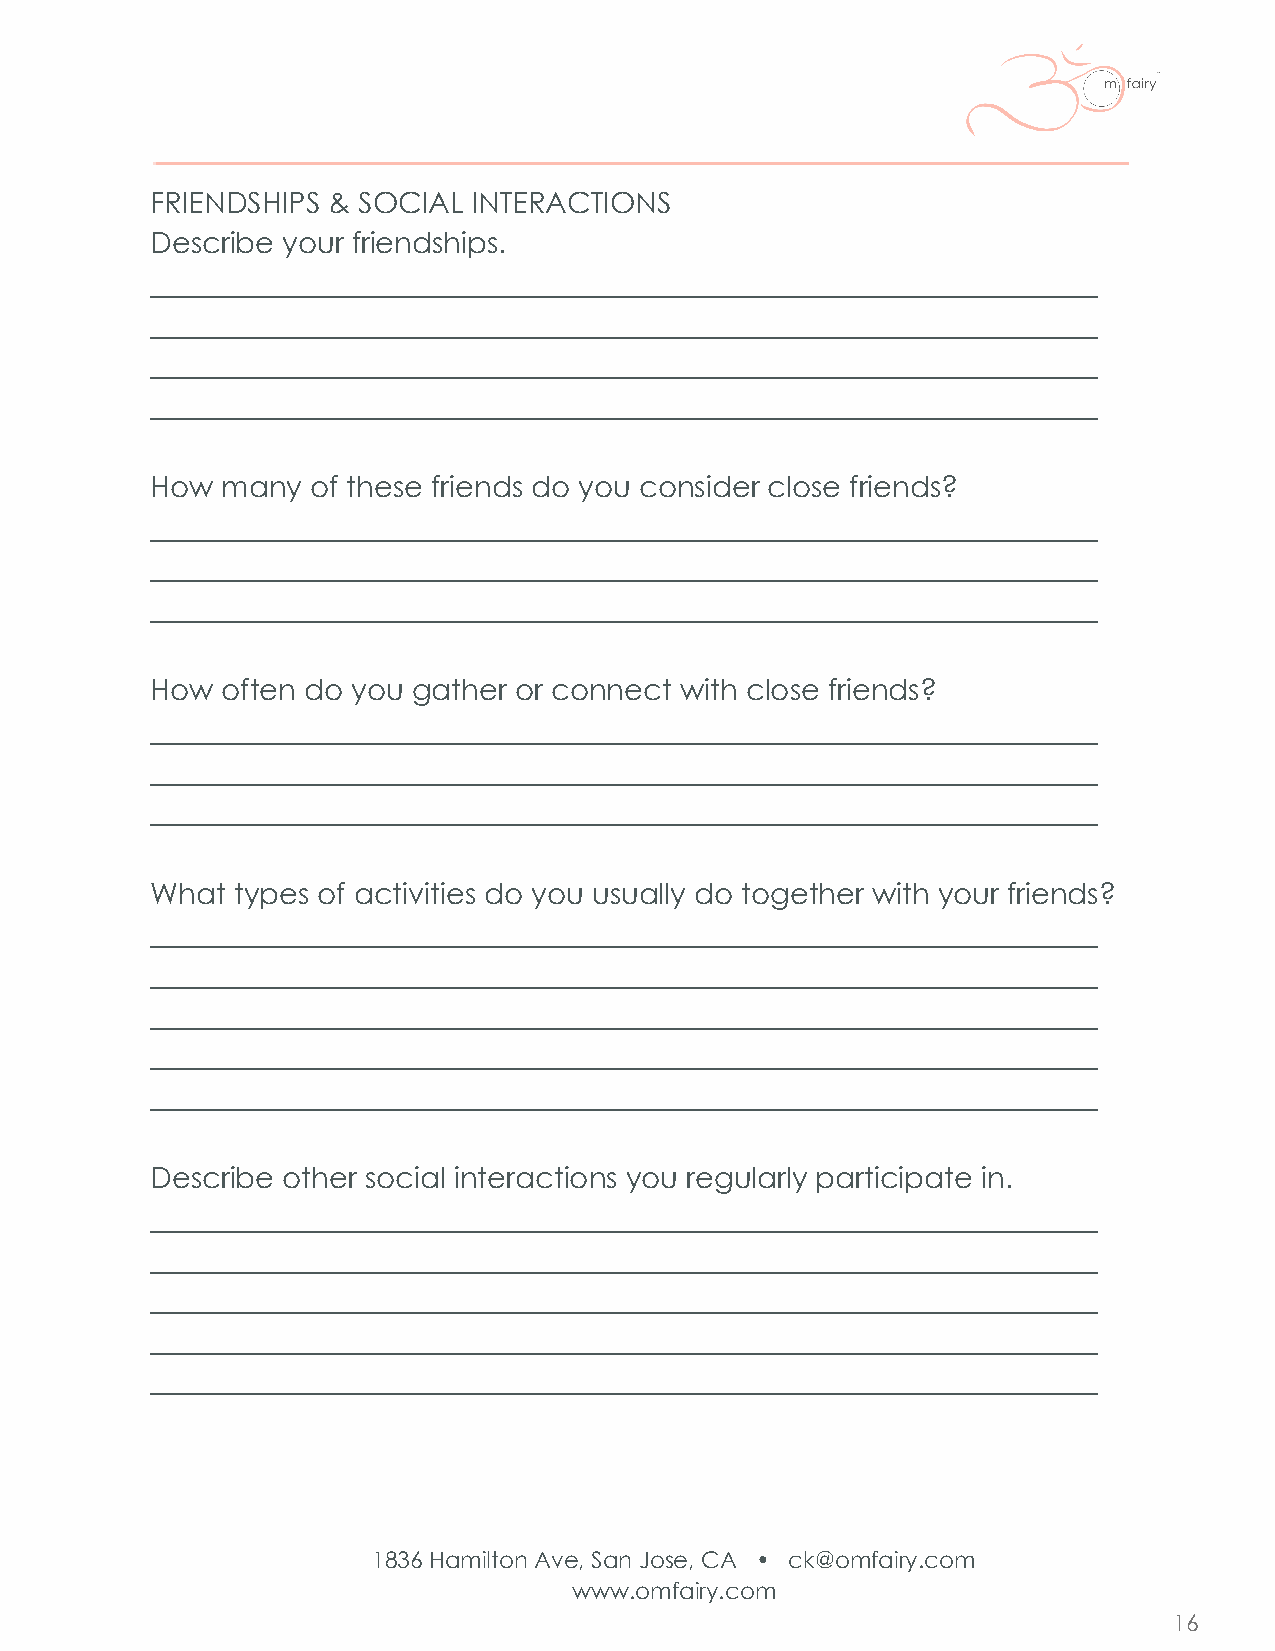
FRIENDSHIPS & SOCIAL INTERACTIONS
 Describe your friendships.
 _________________________________________________________________
 _________________________________________________________________
 _________________________________________________________________
 _________________________________________________________________
 How  many  of these friends do you consider close friends?
 _________________________________________________________________
 _________________________________________________________________
 _________________________________________________________________
 How  often do you gather or connect with close friends?
 _________________________________________________________________
 _________________________________________________________________
 _________________________________________________________________
 What types of activities do you usually do together with your friends?
 _________________________________________________________________
 _________________________________________________________________
 _________________________________________________________________
 _________________________________________________________________
 _________________________________________________________________
 Describe other social interactions you regularly participate in.
 _________________________________________________________________
 _________________________________________________________________
 _________________________________________________________________
 _________________________________________________________________
 _________________________________________________________________
 1836 Hamilton Ave, San Jose, CA • ck@omfairy.com
 www.omfairy.com
 16